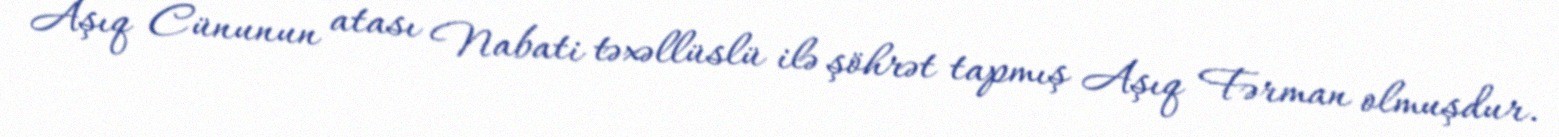
Aşıq Cünunun atası Nabati təxəllüslü ilə şöhrət tapmış Aşıq Fərman olmuşdur.